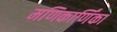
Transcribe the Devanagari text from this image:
मणिकार्णिंका